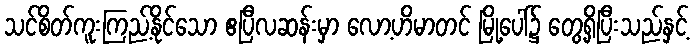
သင်စိတ်ကူးကြည့်နိုင်သော ဧပြီလဆန်းမှာ လော့ဟိမာတင် မြို့ပေါ်၌ တွေ့ရှိပြီးသည်နှင့်